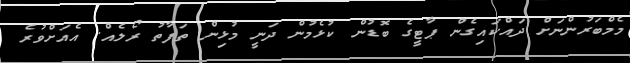
މެމްބަރުންނަށް ދައްކައިގެން ޕާޓީގެ ބޮޑުން ކުޅެމުން ދަނީ މުޅިން ތަފާތު ރޯލެއް. އެއަށްވުރެ